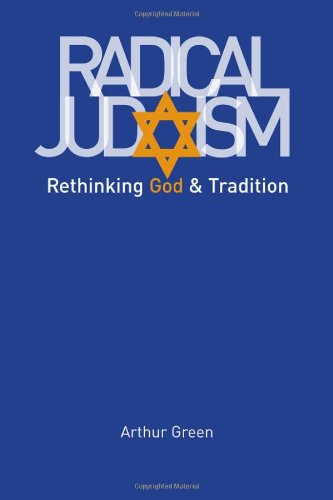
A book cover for Radical Judaism: Rethinking God and Tradition (The Franz Rosenzweig Lecture Series); Arthur Green; Religion & Spirituality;